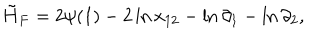
LaTeX: \tilde { H } _ { F } = 2 \psi ( 1 ) - 2 \ln x _ { 1 2 } - \ln \partial _ { 1 } - \ln \partial _ { 2 } ,